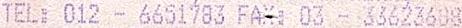
TEL: 012 - 6651783 FAX: 03 - 33623608